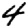
Digit: 4